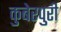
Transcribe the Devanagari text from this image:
कुबेरपुरी